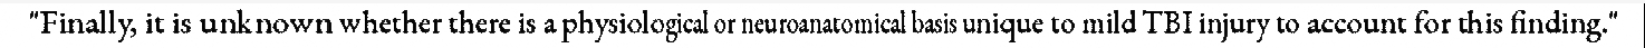
"Finally, it is unknown whether there is a physiological or neuroanatomical basis unique to mild TBI injury to account for this finding."